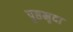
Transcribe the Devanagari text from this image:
पृष्ठमृदा